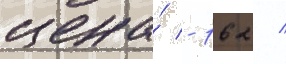
цена́ - 162 /